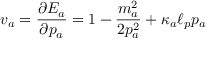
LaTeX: v _ { a } = \frac { \partial E _ { a } } { \partial p _ { a } } = 1 - \frac { m _ { a } ^ { 2 } } { 2 p _ { a } ^ { 2 } } + \kappa _ { a } \ell _ { p } p _ { a }